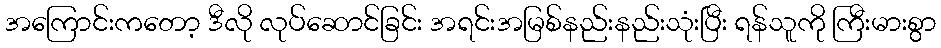
အကြောင်းကတော့ ဒီလို လုပ်ဆောင်ခြင်း အရင်းအမြစ်နည်းနည်းသုံးပြီး ရန်သူကို ကြီးမားစွာ